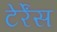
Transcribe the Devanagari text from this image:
टेर्रेंस